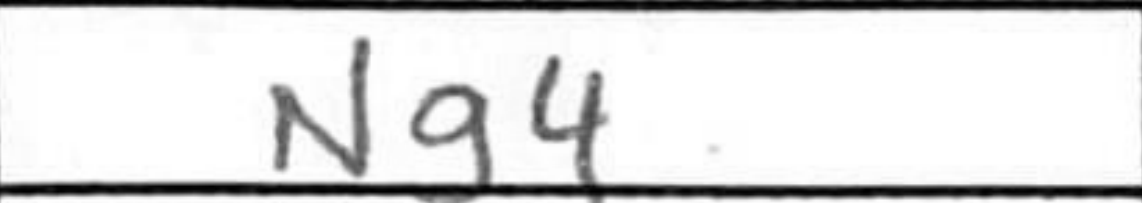
Transcription: Ng4